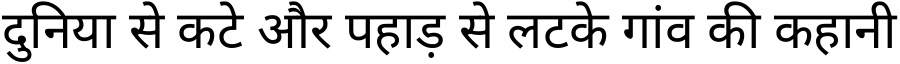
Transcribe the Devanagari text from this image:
दुनिया से कटे और पहाड़ से लटके गांव की कहानी